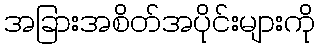
အခြားအစိတ်အပိုင်းများကို